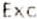
EXC